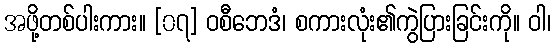
အဖို့တစ်ပါးကား။ [၀၇] ဝစီဘေဒံ၊ စကားလုံး၏ကွဲပြားခြင်းကို။ ဝါ၊